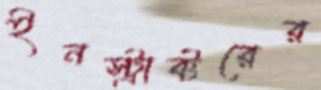
ইনস্ট্রাক্টরের